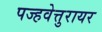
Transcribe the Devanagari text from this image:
पज्हवेत्तुरायर